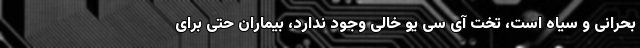
بحرانی و سیاه است، تخت آی سی یو خالی وجود ندارد، بیماران حتی برای